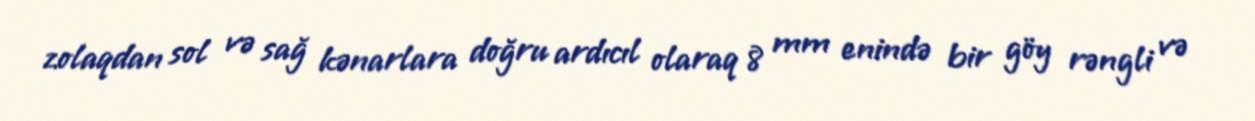
zolaqdan sol və sağ kənarlara doğru ardıcıl olaraq 8 mm enində bir göy rəngli və